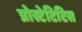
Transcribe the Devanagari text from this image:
प्रोस्टेटिटिस